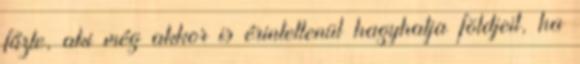
fűzte, aki még akkor is érintetlenül hagyhatja földjeit, ha